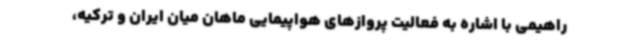
راهیمی با اشاره به فعالیت پروازهای هواپیمایی ماهان میان ایران و ترکیه،